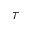
\tau